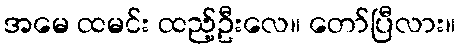
အမေ ထမင်း ထည့်ဦးလေ။ တော်ပြီလား။